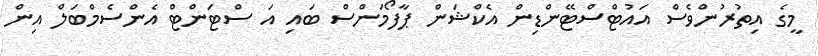
މީގެ އިތުރުންވެސް އައުޓްސްޓޭންޑިން އެކްޝަން ޕާފޯމަންސް ބައި އަ ސްޓަންޓް އެންސެމްބަލް އިން